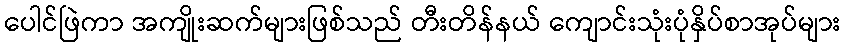
ပေါင်ဖြဲကာ အကျိုးဆက်များဖြစ်သည် တီးတိန်နယ် ကျောင်းသုံးပုံနှိပ်စာအုပ်များ